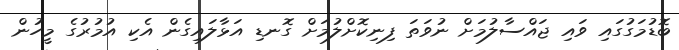
ބޮޑުމަގުގައި ވައި ޖައްސާލުމަށް ނުވަތަ ފިނިކޮށްލުމަށް ގޮނޑި އަޅާލައިގެން އެކި އުމުރުގެ މީހުން